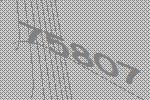
75807